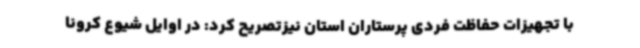
با تجهیزات حفاظت فردی پرستاران استان نیزتصریح کرد: در اوایل شیوع کرونا